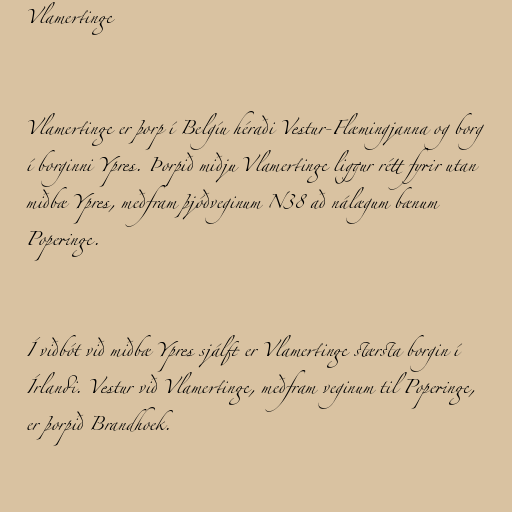
Vlamertinge

Vlamertinge er þorp í Belgíu héraði Vestur-Flæmingjanna og borg
í borginni Ypres. Þorpið miðju Vlamertinge liggur rétt fyrir utan
miðbæ Ypres, meðfram þjóðveginum N38 að nálægum bænum
Poperinge.

Í viðbót við miðbæ Ypres sjálft er Vlamertinge stærsta borgin í
Írlandi. Vestur við Vlamertinge, meðfram veginum til Poperinge,
er þorpið Brandhoek.